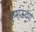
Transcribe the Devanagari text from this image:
कुमाऊच्या